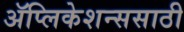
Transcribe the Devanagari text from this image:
ॲप्लिकेशन्ससाठी